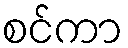
စင်ကာ